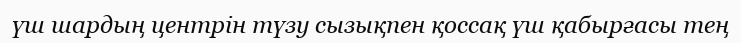
үш шардың центрін түзу сызықпен қоссақ үш қабырғасы тең